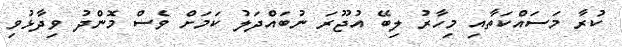
ކުރާ މަސައްކަތާއި މިހާރު ލިބޭ އުޖޫރަ ނުބައްދަލު ކަމަށް ވެސް މޮންދު ވިދާޅުވި